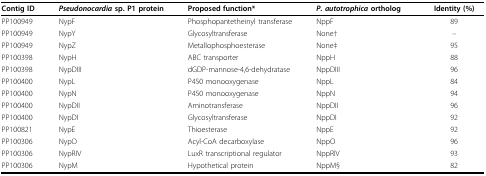
<table><thead><tr><td><b>Contig ID</b></td><td><b><i>Pseudonocardia </i>sp. P1 protein</b></td><td><b>Proposed function*</b></td><td><b><i>P. autotrophica </i>ortholog</b></td><td><b>Identity (%)</b></td></tr></thead><tbody><tr><td>PP100949</td><td>NypF</td><td>Phosphopantetheinyl transferase</td><td>NppF</td><td>89</td></tr><tr><td>PP100949</td><td>NypY</td><td>Glycosyltransferase</td><td>None†</td><td>--</td></tr><tr><td>PP100949</td><td>NypZ</td><td>Metallophosphoesterase</td><td>None‡</td><td>95</td></tr><tr><td>PP100398</td><td>NypH</td><td>ABC transporter</td><td>NppH</td><td>88</td></tr><tr><td>PP100398</td><td>NypDIII</td><td>dGDP-mannose-4,6-dehydratase</td><td>NppDIII</td><td>96</td></tr><tr><td>PP100400</td><td>NypL</td><td>P450 monooxygenase</td><td>NppL</td><td>84</td></tr><tr><td>PP100400</td><td>NypN</td><td>P450 monooxygenase</td><td>NppN</td><td>94</td></tr><tr><td>PP100400</td><td>NypDII</td><td>Aminotransferase</td><td>NppDII</td><td>96</td></tr><tr><td>PP100400</td><td>NypDI</td><td>Glycosyltransferase</td><td>NppDI</td><td>92</td></tr><tr><td>PP100821</td><td>NypE</td><td>Thioesterase</td><td>NppE</td><td>92</td></tr><tr><td>PP100306</td><td>NypO</td><td>Acyl-CoA decarboxylase</td><td>NppO</td><td>96</td></tr><tr><td>PP100306</td><td>NypRIV</td><td>LuxR transcriptional regulator</td><td>NppRIV</td><td>93</td></tr><tr><td>PP100306</td><td>NypM</td><td>Hypothetical protein</td><td>NppM§</td><td>82</td></tr></tbody></table>